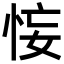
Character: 𢙗